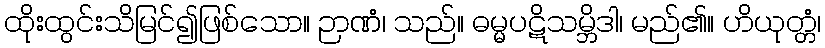
ထိုးထွင်းသိမြင်၍ဖြစ်သော။ ဉာဏံ၊ သည်။ ဓမ္မပဋိသမ္ဘိဒါ၊ မည်၏။ ဟိယုတ္တံ၊